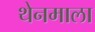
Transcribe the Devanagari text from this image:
थेनमाला